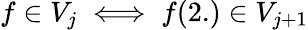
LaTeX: f\in V_{j}\iff f(2.)\in V_{j+1}